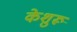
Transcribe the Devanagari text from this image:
केशुरू